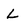
Character: L